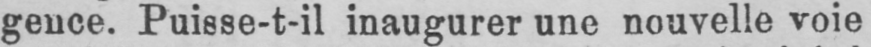
gence. Puisse-t-il inaugurer une nouvelle voie